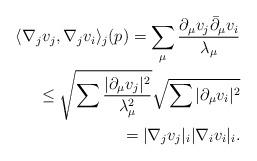
LaTeX: \begin{align*}\langle \nabla_j v_j , \nabla_j v_i \rangle _j (p)= \displaystyle \sum_{\mu} \frac{\partial_{\mu}v_j\bar{\partial}_{\mu}v_i}{\lambda_{\mu}} \\\leq \displaystyle \sqrt{\sum \frac{\vert\partial_{\mu}v_j \vert^2}{\lambda_{\mu}^2} }\sqrt{\sum \vert \partial_{\mu} v_i \vert^2}\\=\vert \nabla_j v_j\vert_i \vert \nabla_i v_i \vert_i.\end{align*}